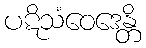
ပဋိသံဝေဒေန္တိ